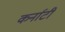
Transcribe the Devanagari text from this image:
कर्नाटी